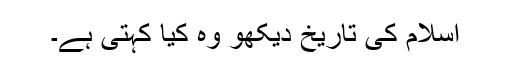
اسلام کی تاریخ دیکھو وہ کیا کہتی ہے۔